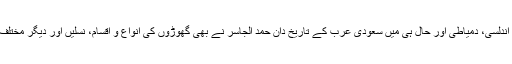
اس کے علاوہ صاحبی، نمیری اندلسی، دمیاطی اور حال ہی میں سعودی عرب کے تاریخ دان حمد الجاسر نے بھی گھوڑوں کی انواع و اقسام، نسلیں اور دیگر مختلف امور پر کتابیں تحریر کی ہیں۔